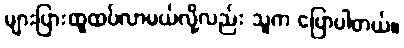
များပြားထူထပ်လာမယ်လို့လည်း သူက ပြောပါတယ်။